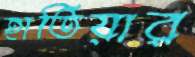
হাতিয়ার